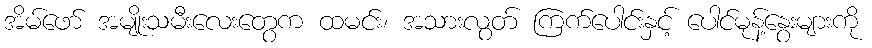
အိမ်ဖော် အမျိုးသမီးလေးတွေက ထမင်း၊ အသားလွတ် ကြက်ပေါင်းနှင့် ပေါင်မုန့်နွေးများကို